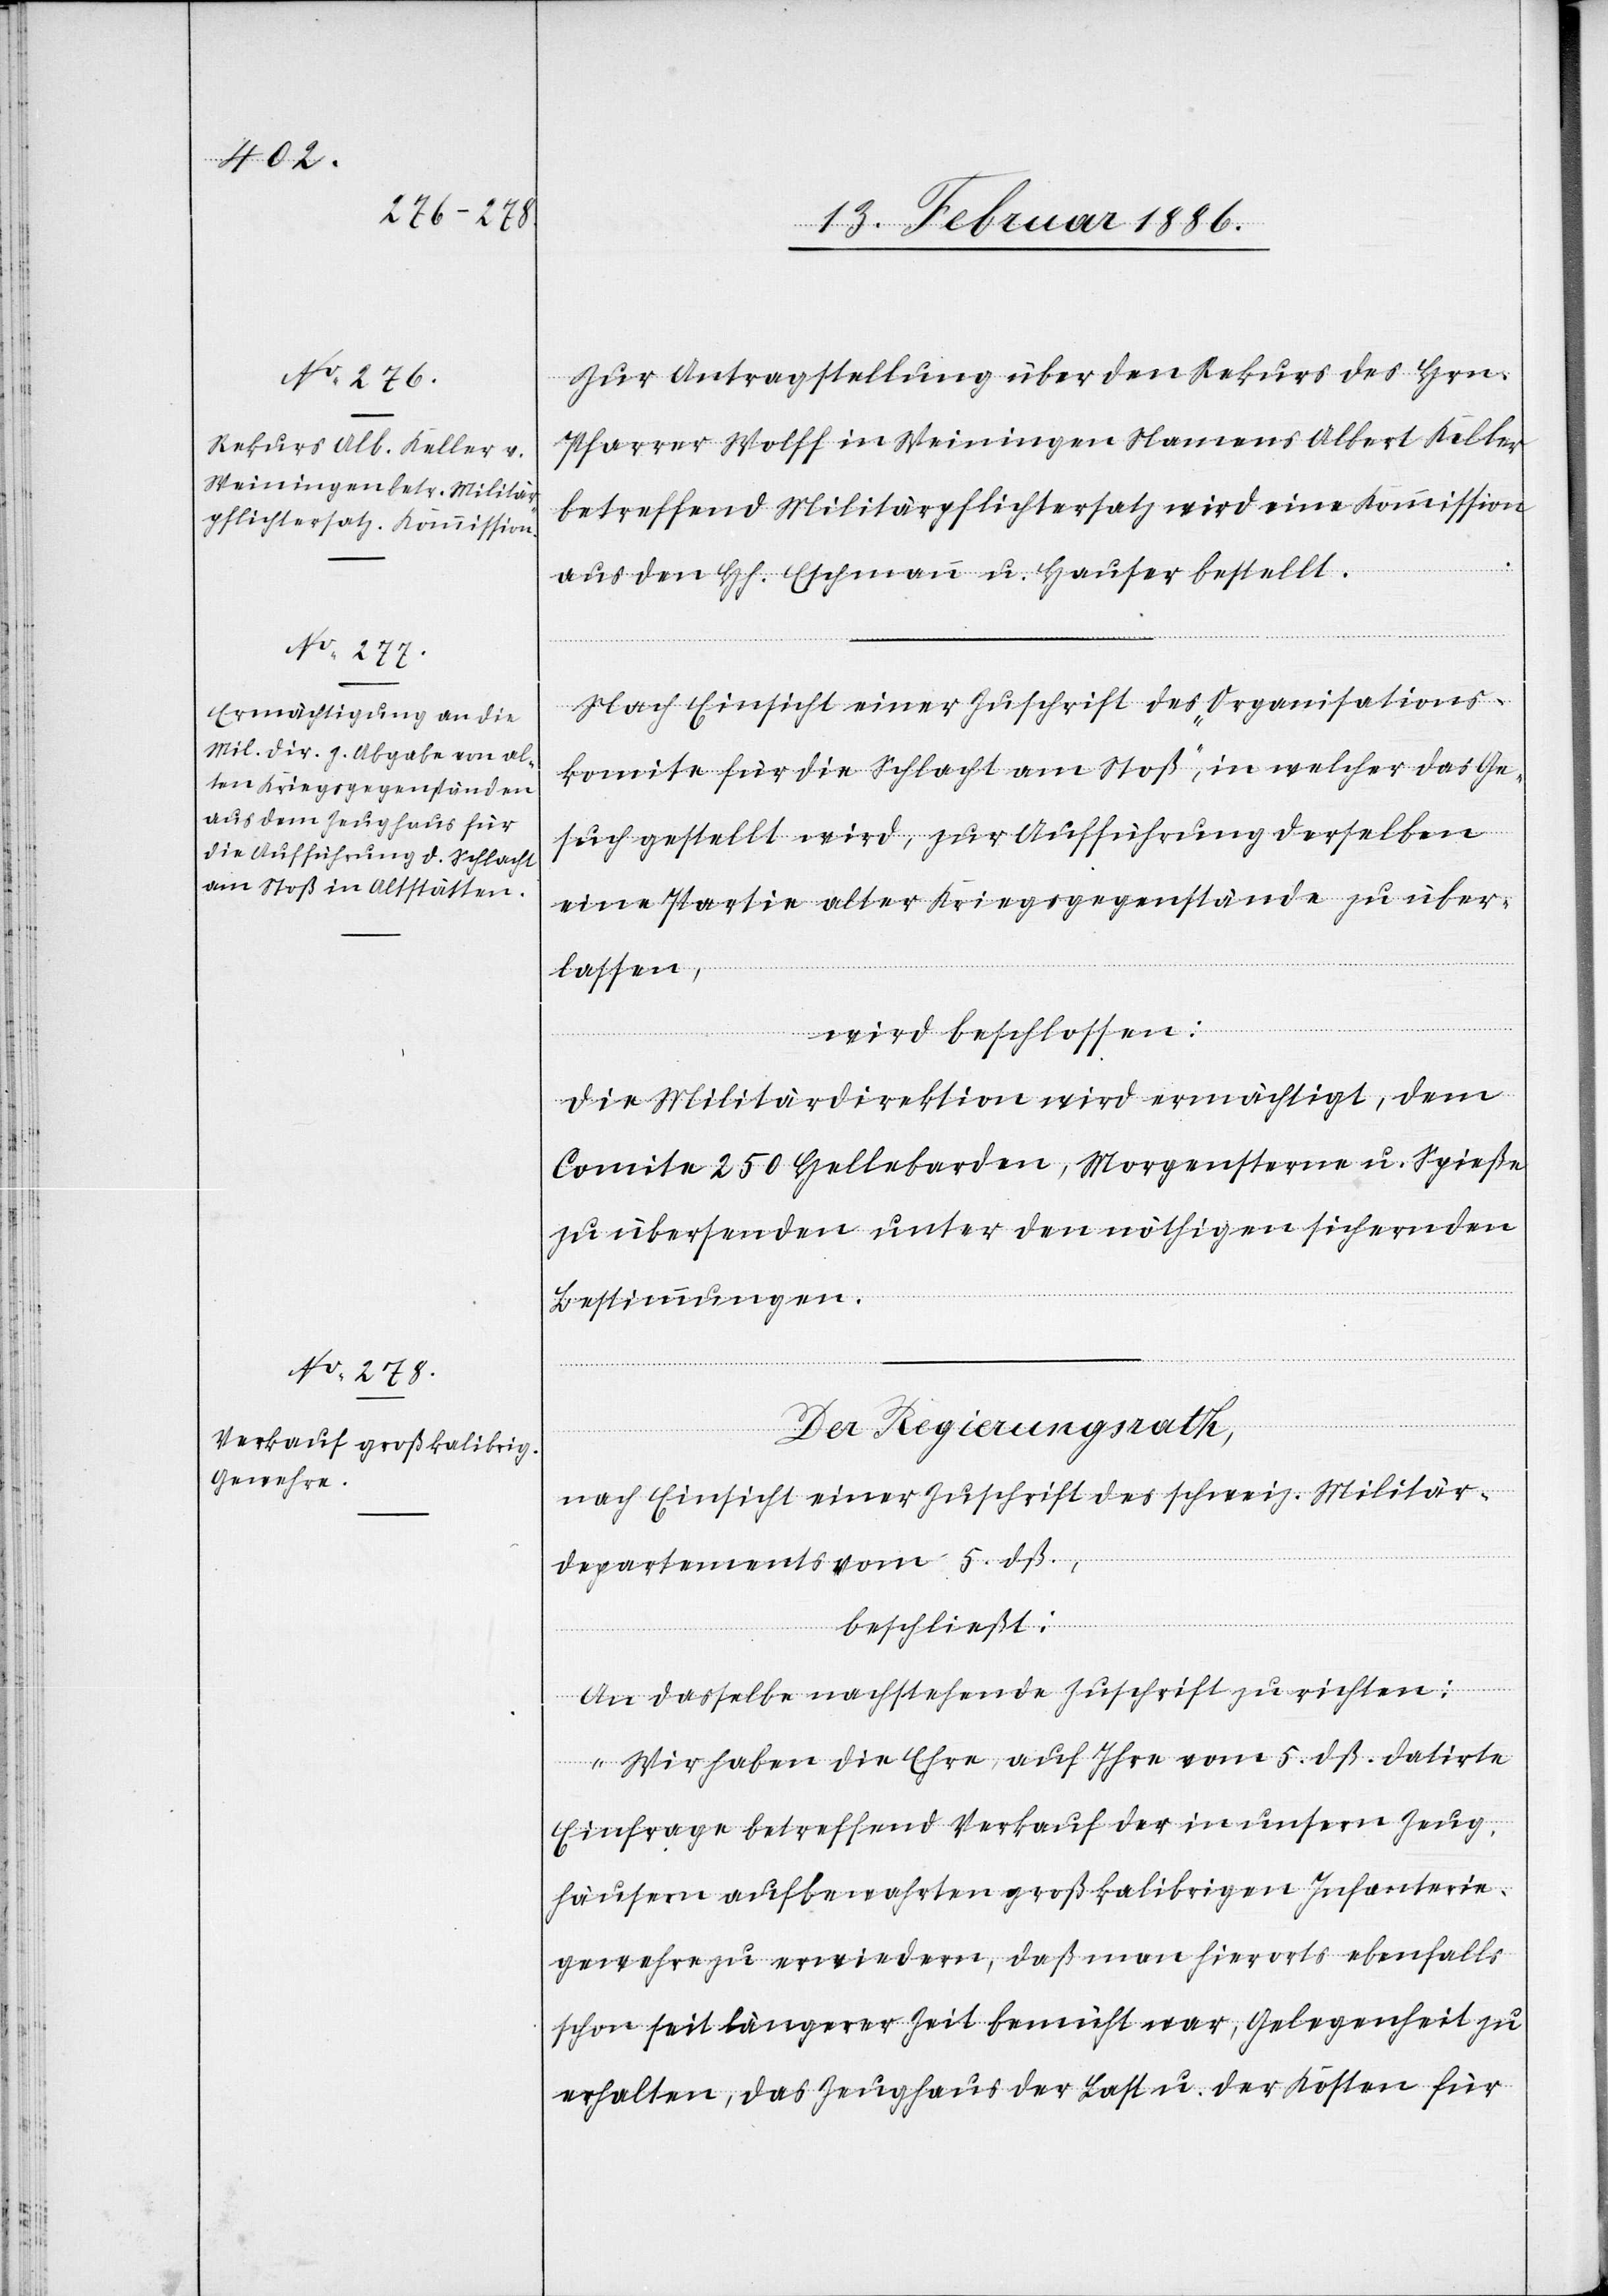
Zur Antragstellung über den Rekurs des Hrn.
Pfarrer Wolff in Weiningen Namens Albert Keller
betreffend Militärpflichtersatz wird eine Kommission
aus den Hh. Eschmann u. Hauser bestellt.
Nach Einsicht einer Zuschrift des „Organisations¬
komite für die Schlacht am Stoß“, in welcher das Ge¬
such gestellt wird, zur Aufführung derselben
eine Partie alter Kriegsgegenstände zu über¬
lassen,
wird beschlossen:
Die Militärdirektion wird ermächtigt, dem
Comite 250 Hellebarden, Morgensterne u. Spieße
zu übersenden unter den nöthigen sichernden
Bestimmungen.
Der Regierungsrath,
nach Einsicht einer Zuschrift des schweiz. Militär¬
departements vom 5. dß.,
beschließt:
An dasselbe nachstehende Zuschrift zu richten:
„Wir haben die Ehre, auf Ihre vom 5. dß. datirte
Einfrage betreffend Verkauf der in unsern Zeug¬
häusern aufbewahrten großkalibrigen Infanterie¬
gewehre zu erwiedern, daß man hierorts ebenfalls
schon seit längerer Zeit bemüht war, Gelegenheit zu
erhalten, das Zeughaus der Last u. der Kosten für